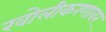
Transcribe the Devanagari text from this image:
खोलीकरणावर